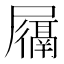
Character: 𫵩